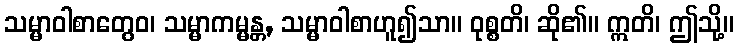
သမ္မာဝါစာတွေဝ၊ သမ္မာကမ္မန္တ, သမ္မာဝါစာဟူ၍သာ။ ဝုစ္စတိ၊ ဆို၏။ ဣတိ၊ ဤသို့။